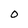
Character: O